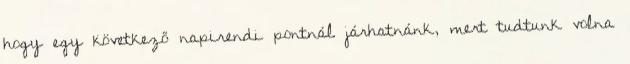
hogy egy következő napirendi pontnál járhatnánk, mert tudtunk volna